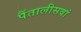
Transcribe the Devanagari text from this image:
पैंतालीसवां